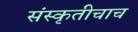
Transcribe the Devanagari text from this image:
संस्कृतीचाच